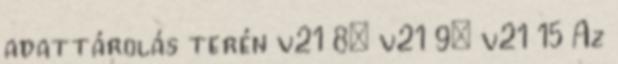
adattárolás terén v21 8; v21 9; v21 15 Az